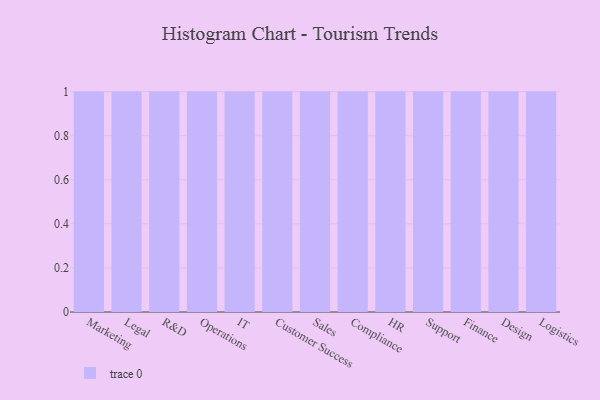
{"axis": {"x": "Department", "y": "Page Views"}, "legend": [""], "data": [{"x": "Marketing", "y": 57, "type": ""}, {"x": "Legal", "y": 46, "type": ""}, {"x": "R&D", "y": 68, "type": ""}, {"x": "Operations", "y": 36, "type": ""}, {"x": "IT", "y": 84, "type": ""}, {"x": "Customer Success", "y": 71, "type": ""}, {"x": "Sales", "y": 70, "type": ""}, {"x": "Compliance", "y": 80, "type": ""}, {"x": "HR", "y": 65, "type": ""}, {"x": "Support", "y": 39, "type": ""}, {"x": "Finance", "y": 48, "type": ""}, {"x": "Design", "y": 10, "type": ""}, {"x": "Logistics", "y": 26, "type": ""}]}